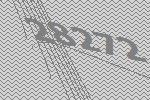
28272